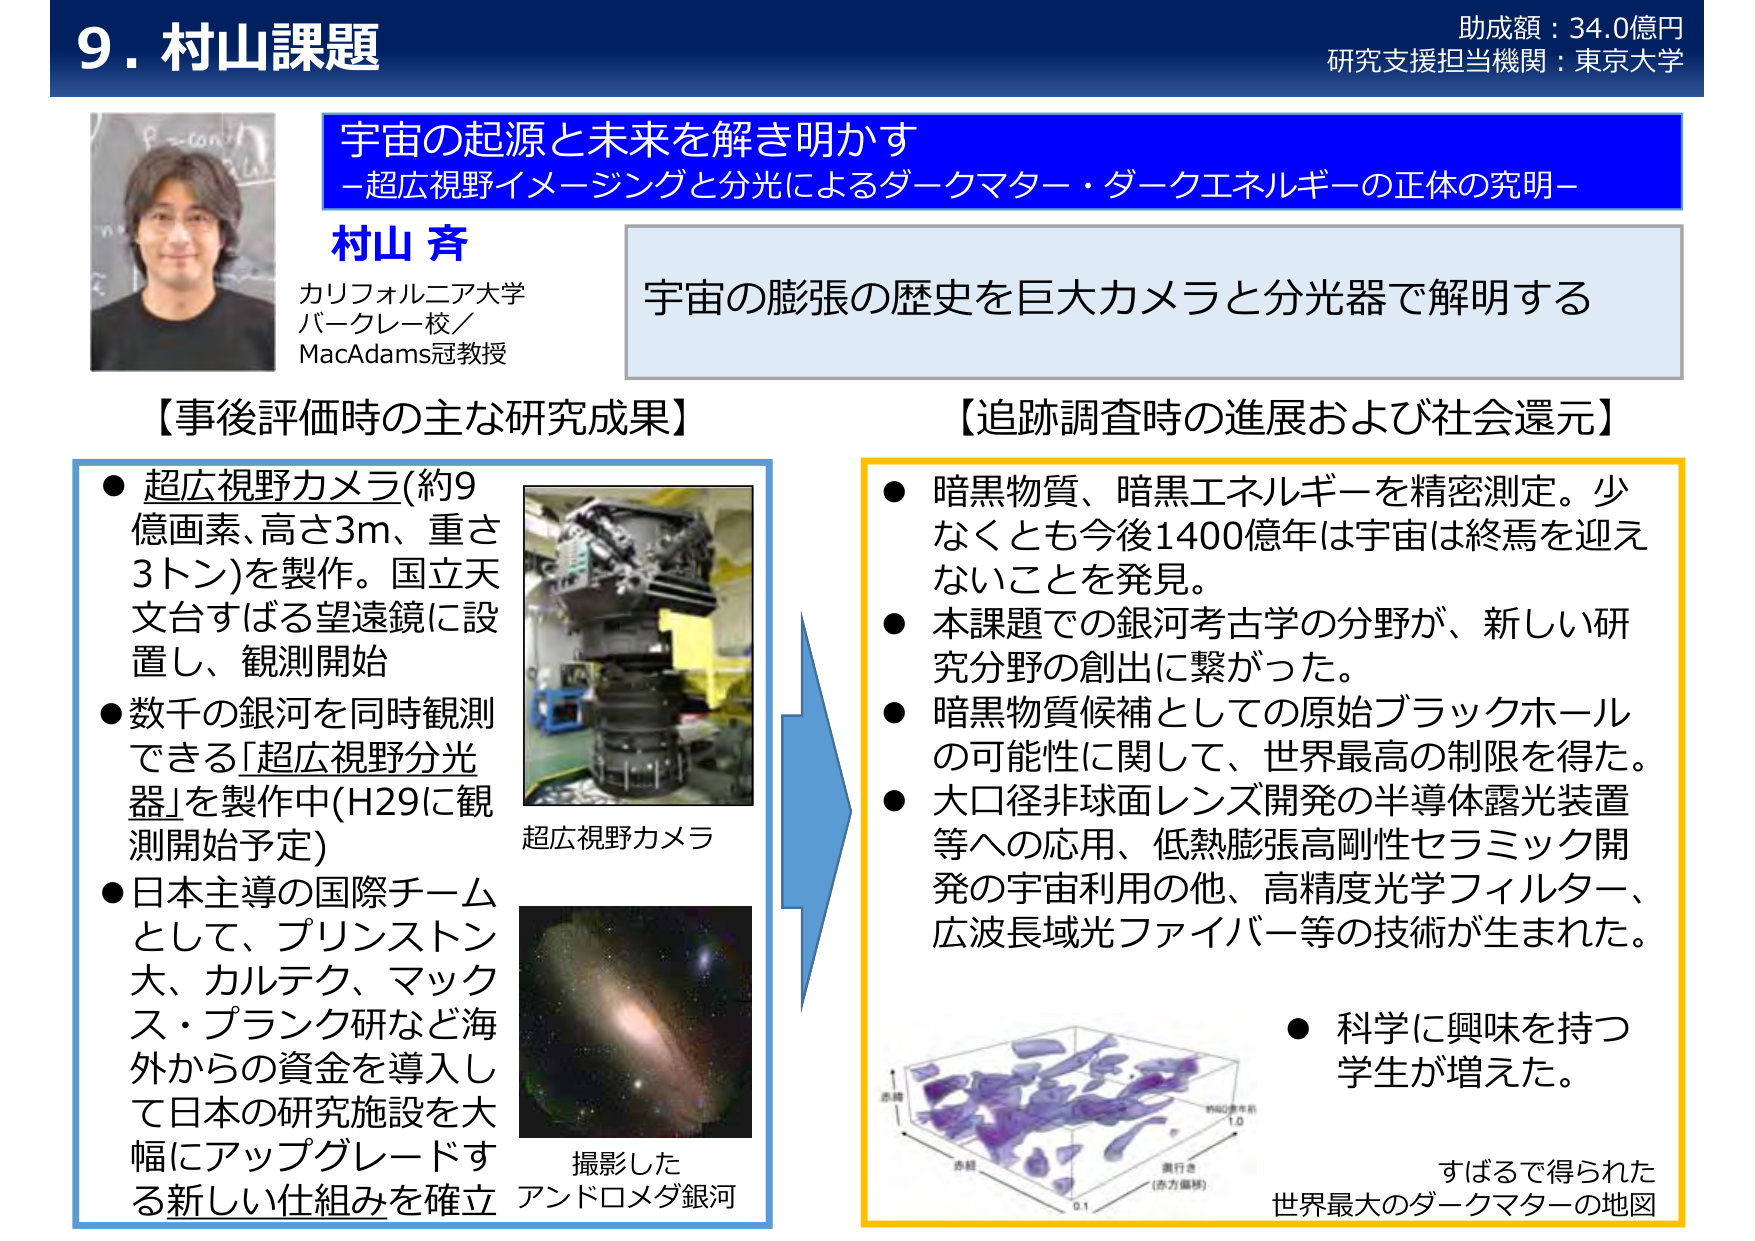
9. 村山課題
助成額：34.0億円
研究支援担当機関：東京大学

宇宙の起源と未来を解き明かす
－超広視野イメージングと分光によるダークマター・ダークエネルギーの正体の究明－

村山 斉
カリフォルニア大学
バークレー校／
MacAdams冠教授

宇宙の膨張の歴史を巨大カメラと分光器で解明する

【事後評価時の主な研究成果】
● 超広視野カメラ(約9億画素、高さ3m、重さ3トン)を製作。国立天文台すばる望遠鏡に設置し、観測開始
● 数千の銀河を同時観測できる「超広視野分光器」を製作中(H29に観測開始予定)
● 日本主導の国際チームとして、プリンストン大、カルテク、マックス・プランク研など海外からの資金を導入して日本の研究施設を大幅にアップグレードする新しい仕組みを確立

超広視野カメラ
撮影した
アンドロメダ銀河

【追跡調査時の進展および社会還元】
● 暗黒物質、暗黒エネルギーを精密測定。少なくとも今後1400億年は宇宙は終焉を迎えないことを発見。
● 本課題での銀河考古学の分野が、新しい研究分野の創出に繋がった。
● 暗黒物質候補としての原始ブラックホールの可能性に関して、世界最高の制限を得た。
● 大口径非球面レンズ開発の半導体露光装置等への応用、低熱膨張高剛性セラミック開発の宇宙利用の他、高精度光学フィルター、広波長域光ファイバー等の技術が生まれた。
● 科学に興味を持つ学生が増えた。

すばるで得られた
世界最大のダークマターの地図